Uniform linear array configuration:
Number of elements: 64
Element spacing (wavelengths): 1
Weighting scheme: blackman
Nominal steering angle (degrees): -60
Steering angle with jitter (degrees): -61.755
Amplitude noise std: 0.05
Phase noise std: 0.05

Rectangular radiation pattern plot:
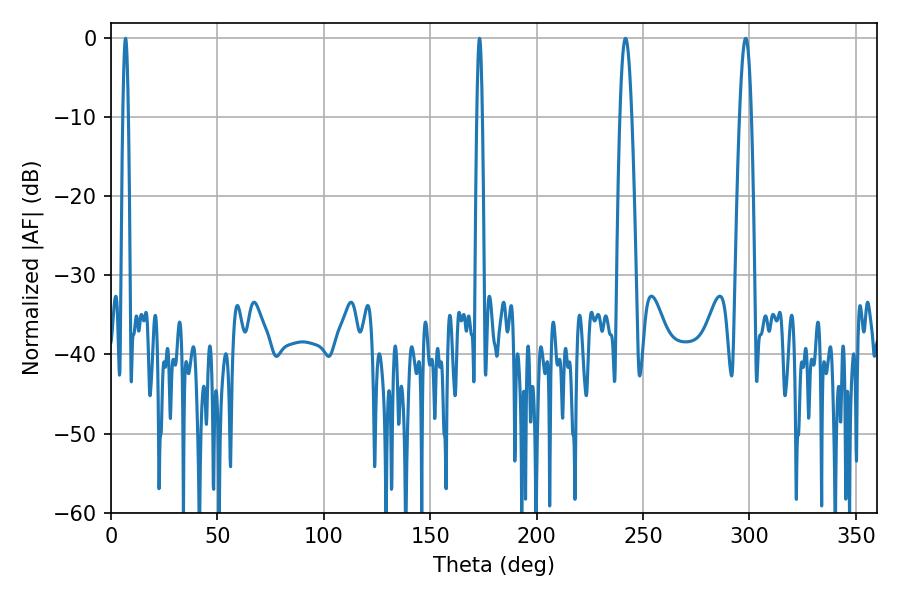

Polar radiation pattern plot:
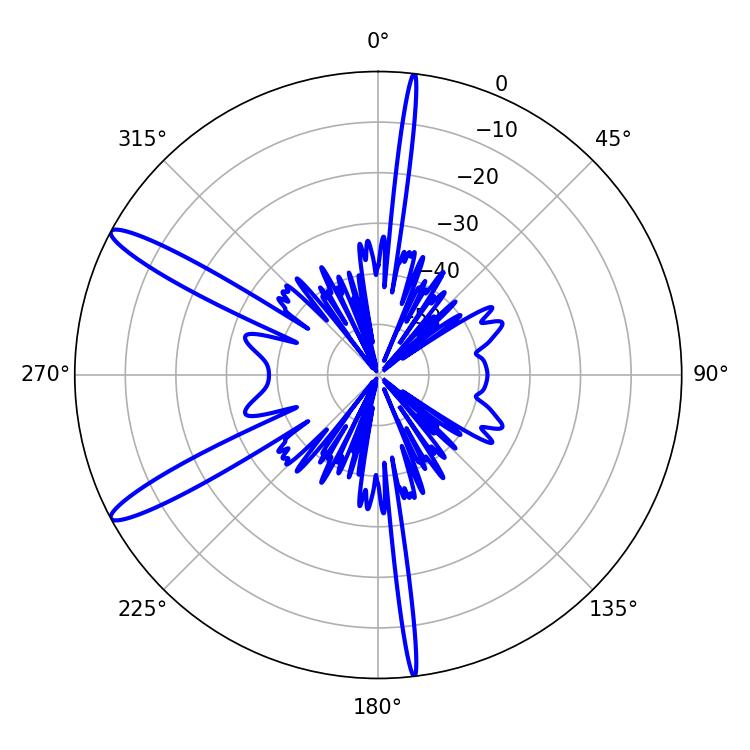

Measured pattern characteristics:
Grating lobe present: TRUE
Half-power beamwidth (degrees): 1.44
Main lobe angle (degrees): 173.16